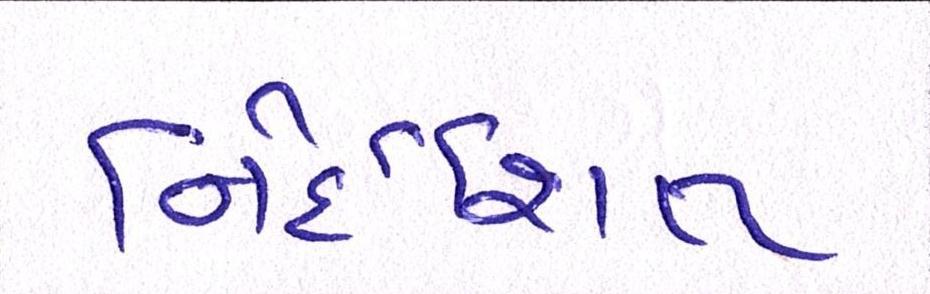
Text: નિર્દેશિત